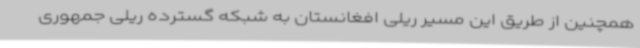
همچنین از طریق این مسیر ریلی افغانستان به شبکه گسترده ریلی جمهوری